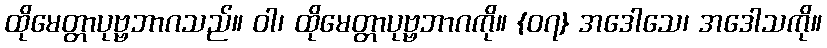
ထိုမေတ္တာပုဗ္ဗဘာဂသည်။ ဝါ၊ ထိုမေတ္တာပုဗ္ဗဘာဂကို။ {၀၇} အဒေါသေ၊ အဒေါသကို။